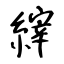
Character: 縡